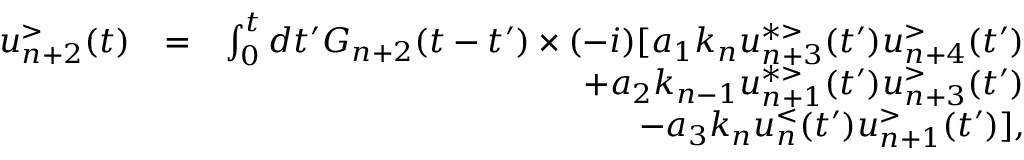
\begin{array} { r l r } { u _ { n + 2 } ^ { > } ( t ) } & { = } & { \int _ { 0 } ^ { t } d t ^ { \prime } G _ { n + 2 } ( t - t ^ { \prime } ) \times ( - i ) [ a _ { 1 } k _ { n } u _ { n + 3 } ^ { * > } ( t ^ { \prime } ) u _ { n + 4 } ^ { > } ( t ^ { \prime } ) } \\ & { } & { + a _ { 2 } k _ { n - 1 } u _ { n + 1 } ^ { * > } ( t ^ { \prime } ) u _ { n + 3 } ^ { > } ( t ^ { \prime } ) } \\ & { } & { - a _ { 3 } k _ { n } u _ { n } ^ { < } ( t ^ { \prime } ) u _ { n + 1 } ^ { > } ( t ^ { \prime } ) ] , } \end{array}